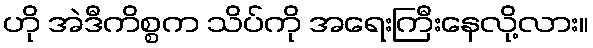
ဟို အဲဒီကိစ္စက သိပ်ကို အရေးကြီးနေလို့လား။